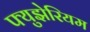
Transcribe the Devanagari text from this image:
फ्युझेरियम